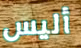
أليس